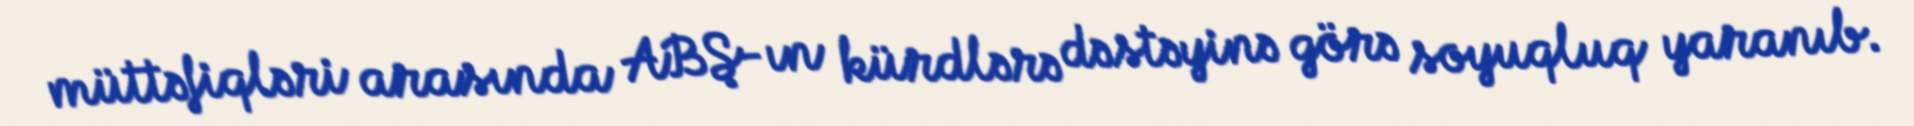
müttəfiqləri arasında ABŞ-ın kürdlərə dəstəyinə görə soyuqluq yaranıb.